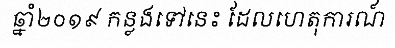
ឆ្នាំ២០១៩ កន្លងទៅនេះ ដែលហេតុការណ៍